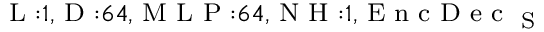
_ { \textrm { L } : 1 , \textrm { D } : 6 4 , \textrm { M L P } : 6 4 , \textrm { N H } : 1 , \textrm { E n c D e c } _ { \textrm { S } } }